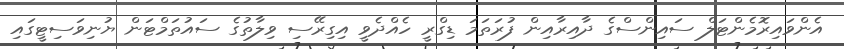
އެންވައިރޮމެންޓަލް ސައިންސްގެ ދާއިރާއިން ފުރަތަމަ ޑިގްރީ ހެއްދެވީ އިގިރޭސި ވިލާތުގެ ސައުތަމްޓަން ޔުނިވަސިޓީގައި